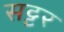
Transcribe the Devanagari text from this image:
सट्टर